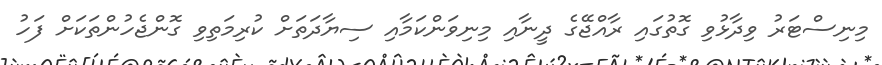
މިނިސްޓަރު ވިދާޅުވި ގޮތުގައި ރާއްޖޭގެ ދީނާއި މިނިވަންކަމާއި ސިޔާދަތަށް ކުރިމަތިވި ގޮންޖެހުންތަކަށް ފަހު